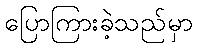
ပြောကြားခဲ့သည်မှာ